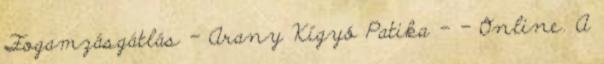
Fogamzásgátlás - Arany Kígyó Patika - - Online. A